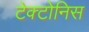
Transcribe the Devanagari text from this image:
टेक्टोनिस